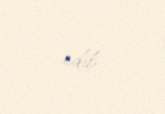
edib.